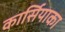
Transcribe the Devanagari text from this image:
कार्सियाका